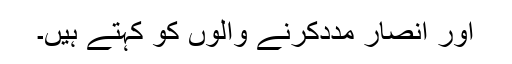
اور انصار مددکرنے والوں کو کہتے ہیں۔